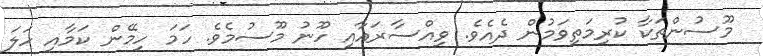
މޫސުންތަކާ ކުރިމަތިވަމުން ދެއެވެ. ވިއްސާރައާއި ހޫނު މޫސުމެވެ. ހަމަ ހިމޭން ކަމާއި ހަލަ